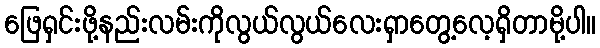
ဖြေရှင်းဖို့နည်းလမ်းကိုလွယ်လွယ်လေးရှာတွေ့လေ့ရှိတာမို့ပါ။